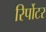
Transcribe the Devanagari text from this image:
रिर्पोटर